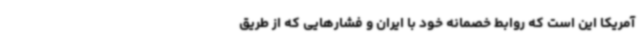
آمریکا این است که روابط خصمانه خود با ایران و فشارهایی که از طریق